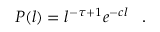
P ( l ) = l ^ { - \tau + 1 } e ^ { - c l } \, \, \, \, \, . \, \, \, \, \,